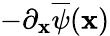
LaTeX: -\partial_{\mathbf{x}}\overline{{{\psi}}}(\mathbf{x})